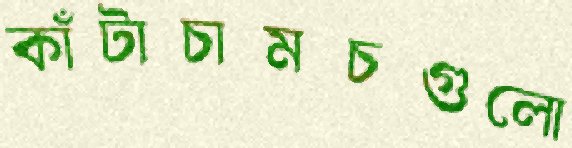
কাঁটাচামচগুলো